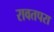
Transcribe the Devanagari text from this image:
रावतपरा